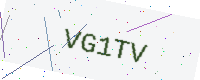
Text: VG1TV